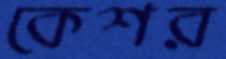
কেশর